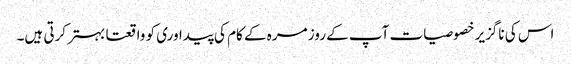
اس کی ناگزیر خصوصیات آپ کے روز مرہ کے کام کی پیداوری کو واقعتا بہتر کرتی ہیں۔